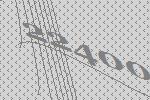
22400